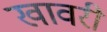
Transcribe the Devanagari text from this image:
खावरी